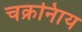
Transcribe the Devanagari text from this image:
चक्रनािय